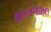
ઠાકરગઝલ